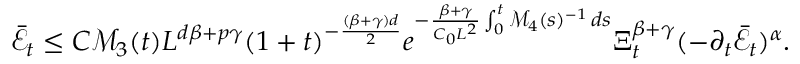
\begin{array} { r } { \bar { \mathcal { E } } _ { t } \leq C \mathcal { M } _ { 3 } ( t ) L ^ { d \beta + p \gamma } ( 1 + t ) ^ { - \frac { ( \beta + \gamma ) d } { 2 } } e ^ { - \frac { \beta + \gamma } { C _ { 0 } L ^ { 2 } } \int _ { 0 } ^ { t } \mathcal { M } _ { 4 } ( s ) ^ { - 1 } \, d s } \Xi _ { t } ^ { \beta + \gamma } ( - \partial _ { t } \bar { \mathcal { E } } _ { t } ) ^ { \alpha } . } \end{array}